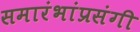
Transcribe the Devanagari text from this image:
समारंभांप्रसंगी